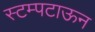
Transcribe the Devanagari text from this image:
स्टम्पटाऊन